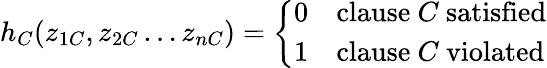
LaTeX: h_{C}(z_{1C},z_{2C}\dots z_{nC})={\left\{ \begin{array}{ll}{0}&{{\mathrm{clause~}}C{\mathrm{~satisfied}}}\\ {1}&{{\mathrm{clause~}}C{\mathrm{~violated}}}\end{array}\right.}